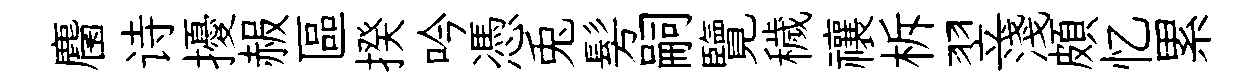
麕诗擾赧區揆吟憑兎髣嗣覽穢禳柝翌淺頗忆累